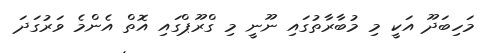
މަހިބަދޫ އަކީ މި މުބާރާތުގައި ނޫނީ މި ގްރޫޕްގައި އޮތް އެންމެ ވަރުގަދަ